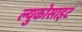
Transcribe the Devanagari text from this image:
ल्युकोसाइट